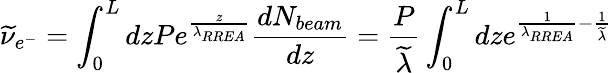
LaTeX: \widetilde{\nu}_{e^{-}}=\int_{0}^{L}dzPe^{\frac{z}{\lambda_{RREA}}}\frac{dN_{beam}}{dz}=\frac{P}{\widetilde{\lambda}}\int_{0}^{L}dze^{\frac{1}{\lambda_{RREA}}-\frac{1}{\widetilde{\lambda}}}